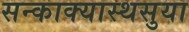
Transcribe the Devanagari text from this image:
सन्काक्यास्थसुया